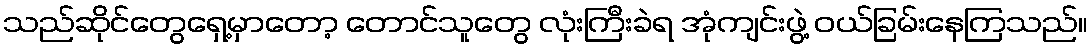
သည်ဆိုင်တွေရှေ့မှာတော့ တောင်သူတွေ လုံးကြီးခဲရ အုံကျင်းဖွဲ့ ဝယ်ခြမ်းနေကြသည်။